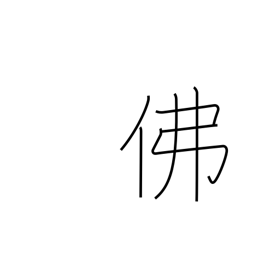
Meaning: France